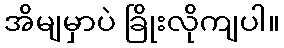
အိမျမှာပဲ ခြိုးလိုကျပါ။